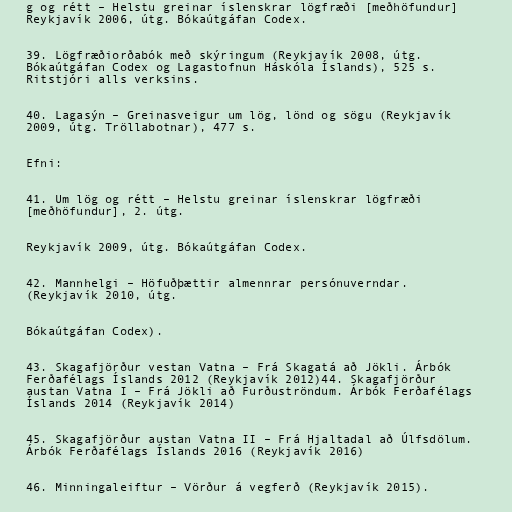
g og rétt – Helstu greinar íslenskrar lögfræði [meðhöfundur]
Reykjavík 2006, útg. Bókaútgáfan Codex.

39. Lögfræðiorðabók með skýringum (Reykjavík 2008, útg.
Bókaútgáfan Codex og Lagastofnun Háskóla Íslands), 525 s.
Ritstjóri alls verksins.

40. Lagasýn – Greinasveigur um lög, lönd og sögu (Reykjavík
2009, útg. Tröllabotnar), 477 s.

Efni:

41. Um lög og rétt – Helstu greinar íslenskrar lögfræði
[meðhöfundur], 2. útg.

Reykjavík 2009, útg. Bókaútgáfan Codex.

42. Mannhelgi – Höfuðþættir almennrar persónuverndar.
(Reykjavík 2010, útg.

Bókaútgáfan Codex).

43. Skagafjörður vestan Vatna – Frá Skagatá að Jökli. Árbók
Ferðafélags Íslands 2012 (Reykjavík 2012)44. Skagafjörður
austan Vatna I – Frá Jökli að Furðuströndum. Árbók Ferðafélags
Íslands 2014 (Reykjavík 2014)

45. Skagafjörður austan Vatna II – Frá Hjaltadal að Úlfsdölum.
Árbók Ferðafélags Íslands 2016 (Reykjavík 2016)

46. Minningaleiftur – Vörður á vegferð (Reykjavík 2015).